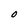
Character: O